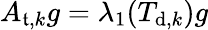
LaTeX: A_{\mathfrak{t},k}g=\lambda_{1}(T_{\mathrm{d},k})g